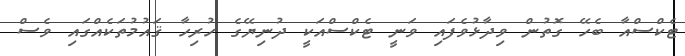
ޓެކްސްއާ ބެހޭ ގޮތުން ވިދާޅުވެފައި ވަނީ ޓެކްސްއަކީ ދުނިޔޭގެ ހުރިހާ ޤައުމުތަކެއްގައި ވެސް